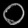
Digit: ၀